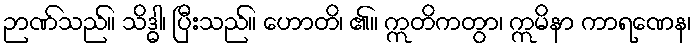
ဉာဏ်သည်။ သိဒ္ဓါ၊ ပြီးသည်။ ဟောတိ၊ ၏။ ဣတိကတွာ၊ ဣမိနာ ကာရဏေန၊